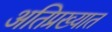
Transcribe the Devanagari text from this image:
अतिप्रख्यात